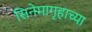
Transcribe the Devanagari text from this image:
सिनेमागृहाच्या